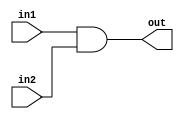
module My_And_2
(
    input in1,
    input in2,
    output reg out
);

    always @ (in1, in2) begin
        out <= #1 in1 & in2;
    end

endmodule



module My_And_3
(
    input in1,
    input in2,
    input in3,
    output reg out
);

    always @ (in1, in2, in3) begin
        out <= #1 in1 & in2 & in3;
    end

endmodule



module My_And_4
(
    input in1,
    input in2,
    input in3,
    input in4,
    output reg out
);

    always @ (in1, in2, in3, in4) begin
        out <= #1 in1 & in2 & in3 & in4;
    end

endmodule



module My_Or_2
(
    input in1,
    input in2,
    output reg out
);

    always @ (in1, in2) begin
        out <= #1 in1 | in2;
    end

endmodule



module My_Or_3
(
    input in1,
    input in2,
    input in3,
    output reg out
);

    always @ (in1, in2, in3) begin
        out <= #1 in1 | in2 | in3;
    end

endmodule



module My_Or_4
(
    input in1,
    input in2,
    input in3,
    input in4,
    output reg out
);

    always @ (in1, in2, in3, in4) begin
        out <= #1 in1 | in2 | in3 | in4;
    end

endmodule



module My_Xor_2
(
    input in1,
    input in2,
    output reg out
);

    always @ (in1, in2) begin
        out <= #1 in1 ^ in2;
    end

endmodule